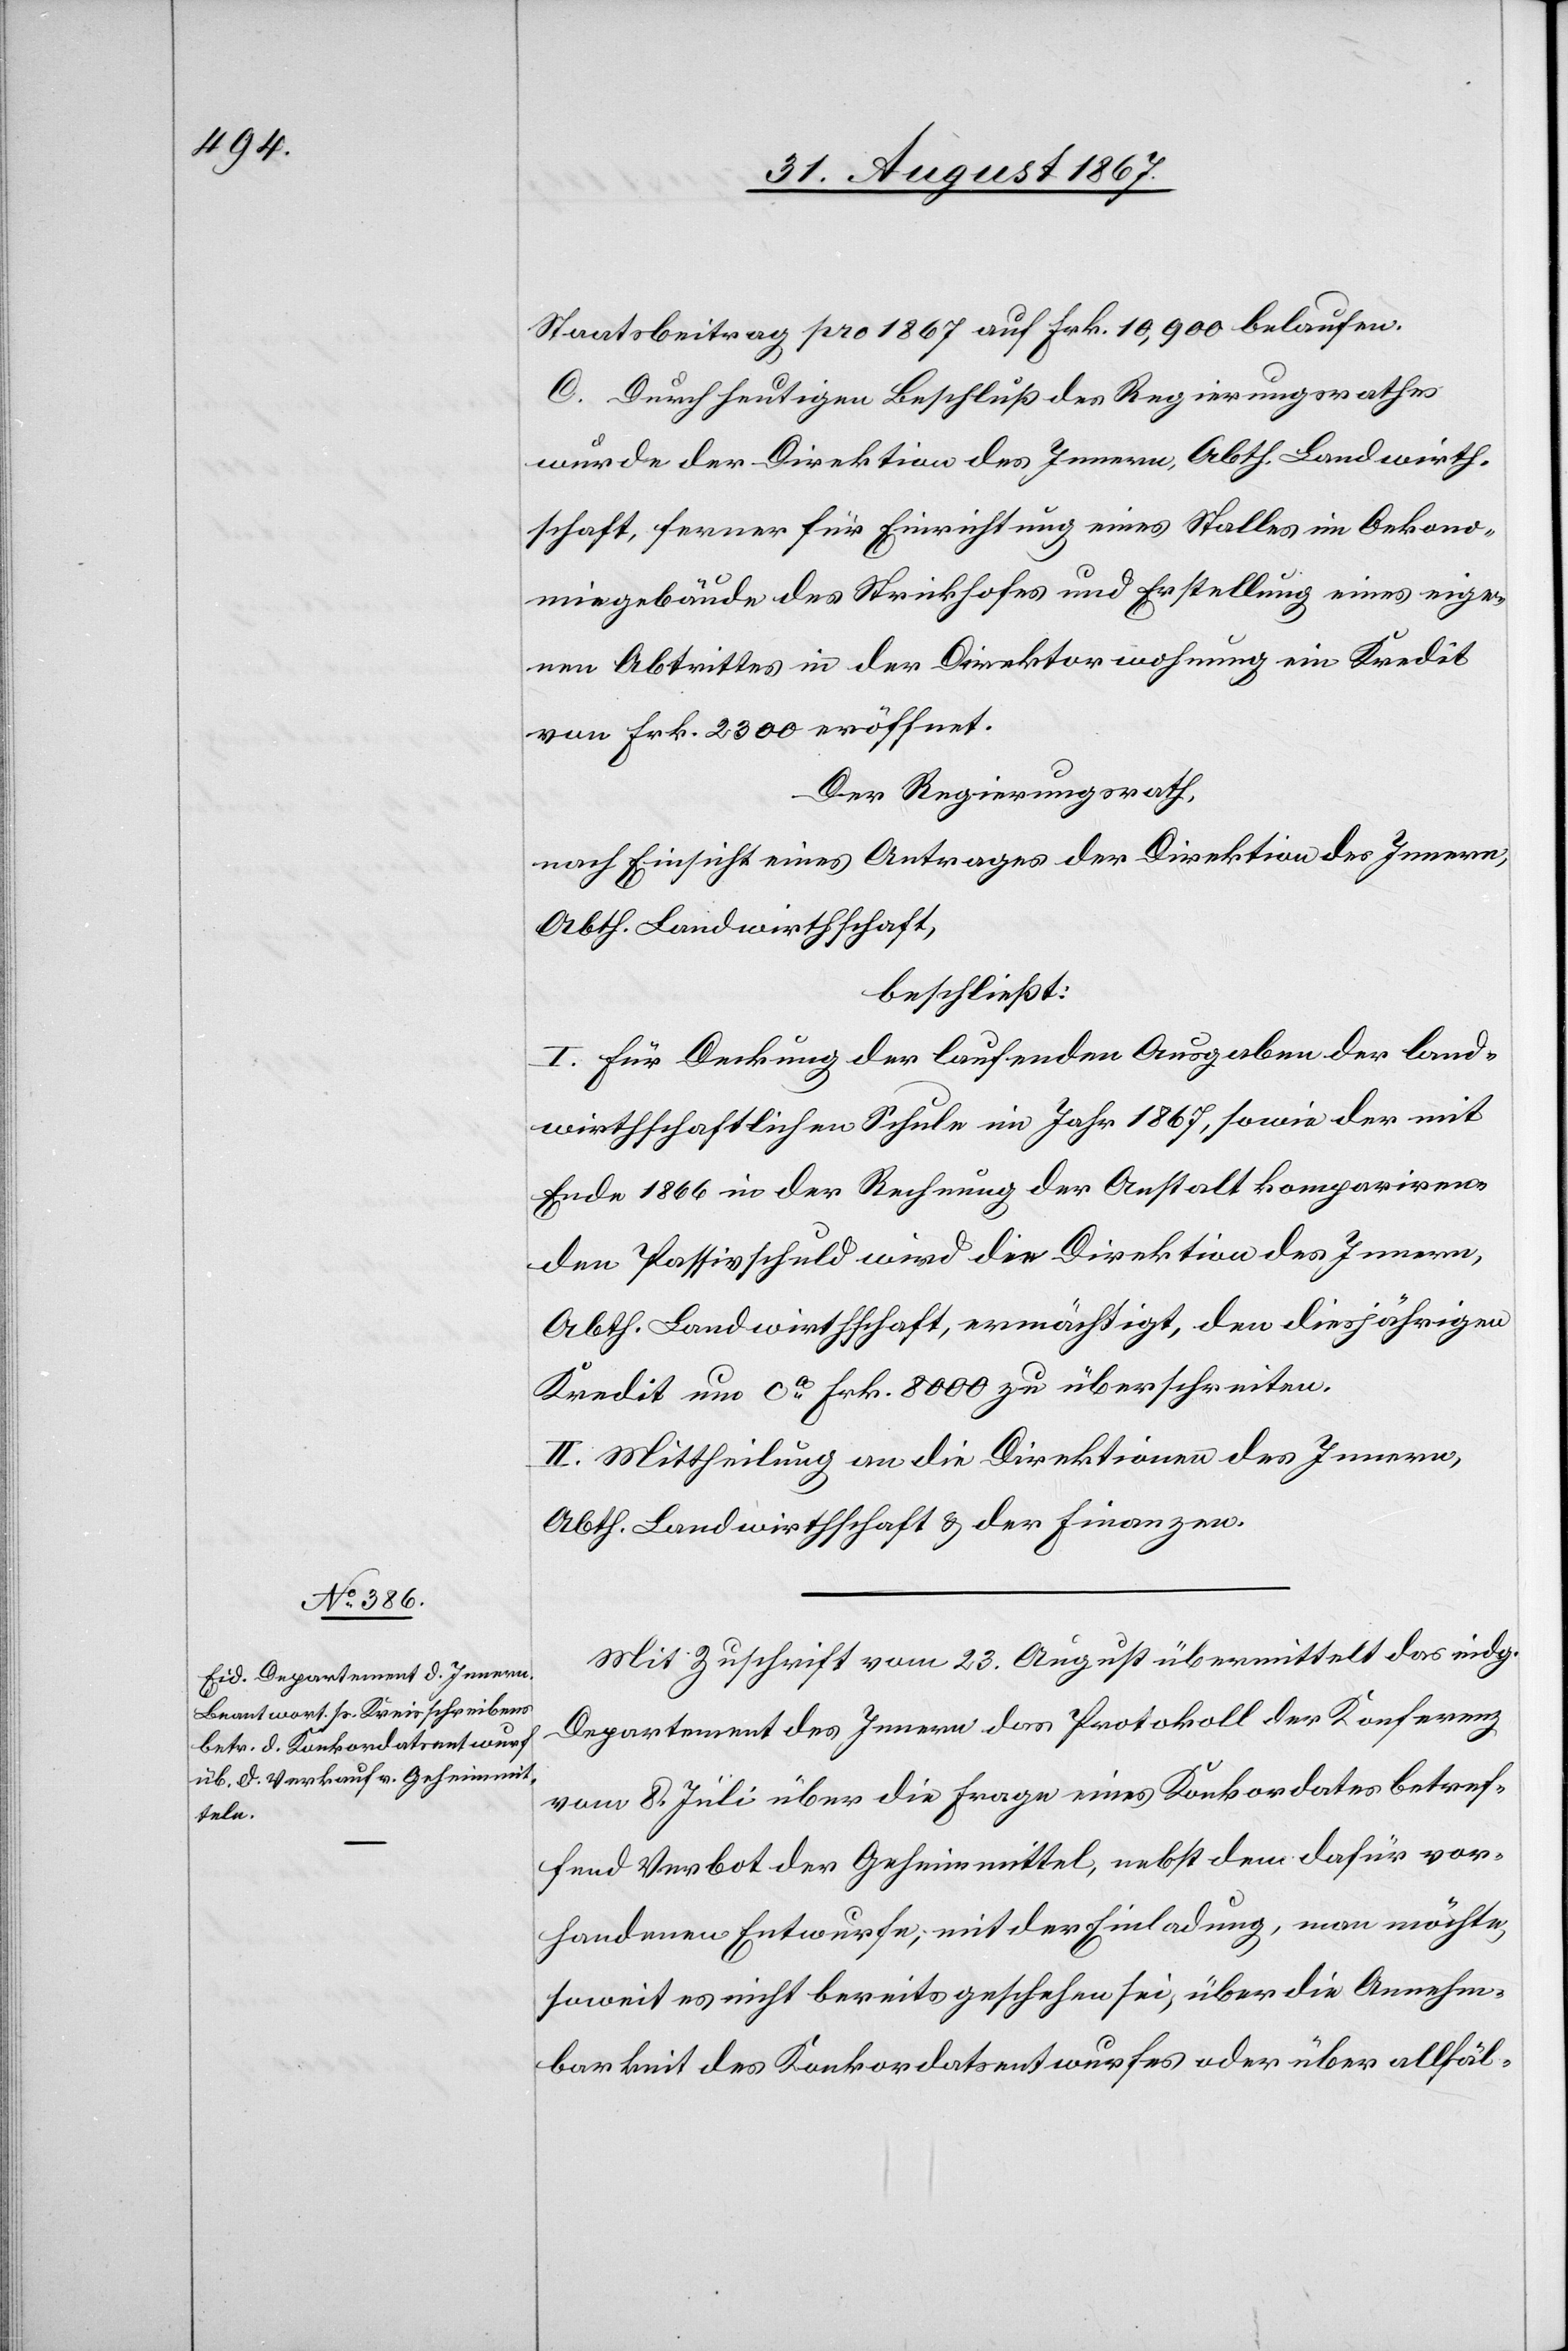
Mit Zuschrift vom 23. August übermittelt das eidg.
Departement des Innern das Protokoll der Konferenz
vom 8. Juli über die Frage eines Konkordates betref¬
fend Verbot der Geheimmittel, nebst dem dafür vor¬
handenen Entwurfe; mit der Einladung, man möchte,
soweit es nicht bereits geschehen sei, über die Annehm¬
barkeit des Konkordatsentwurfes oder über allfäl-